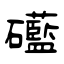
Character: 礷